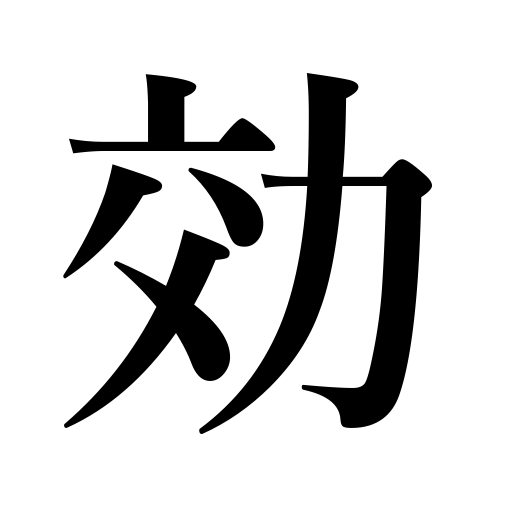
Meanings: be effective,result,success,efficiency,efficacy,effect,benefit